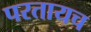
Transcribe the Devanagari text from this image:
परतायच